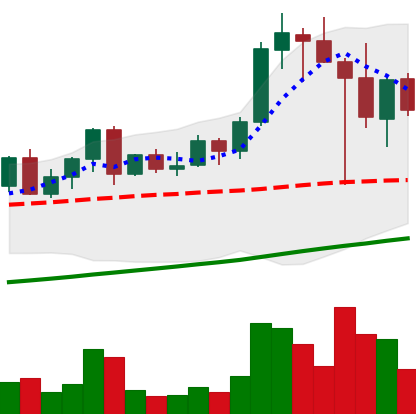
Ticker: LINK-USD
Chart end date: 2021-04-21
Forward return: -3.569%
Label: down_3_5